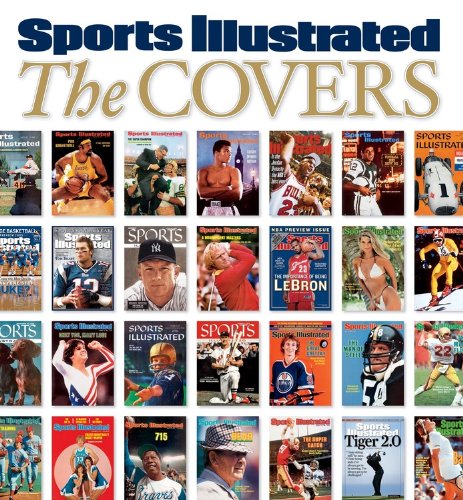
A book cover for Sports Illustrated The Covers; Editors of Sports Illustrated; Sports & Outdoors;